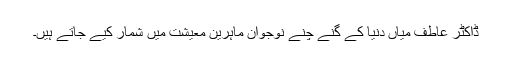
ڈاکٹر عاطف میاں دنیا کے گنے چنے نوجوان ماہرینِ معیشت میں شمار کیے جاتے ہیں۔